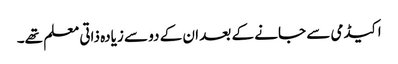
اکیڈمی سے جانے کے بعد ان کے دو سے زیادہ ذاتی معلم تھے۔